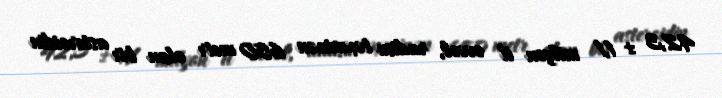
42,3 ± 1,1 milyon il əvvəl, radisu təxminən 650 metr olan bir asteroidin